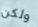
ولكن